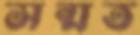
সন্মত